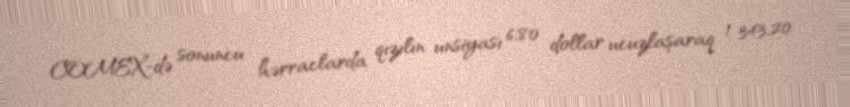
COMEX-də sonuncu hərraclarda qızılın unsiyası 6,80 dollar ucuzlaşaraq 1 343,20